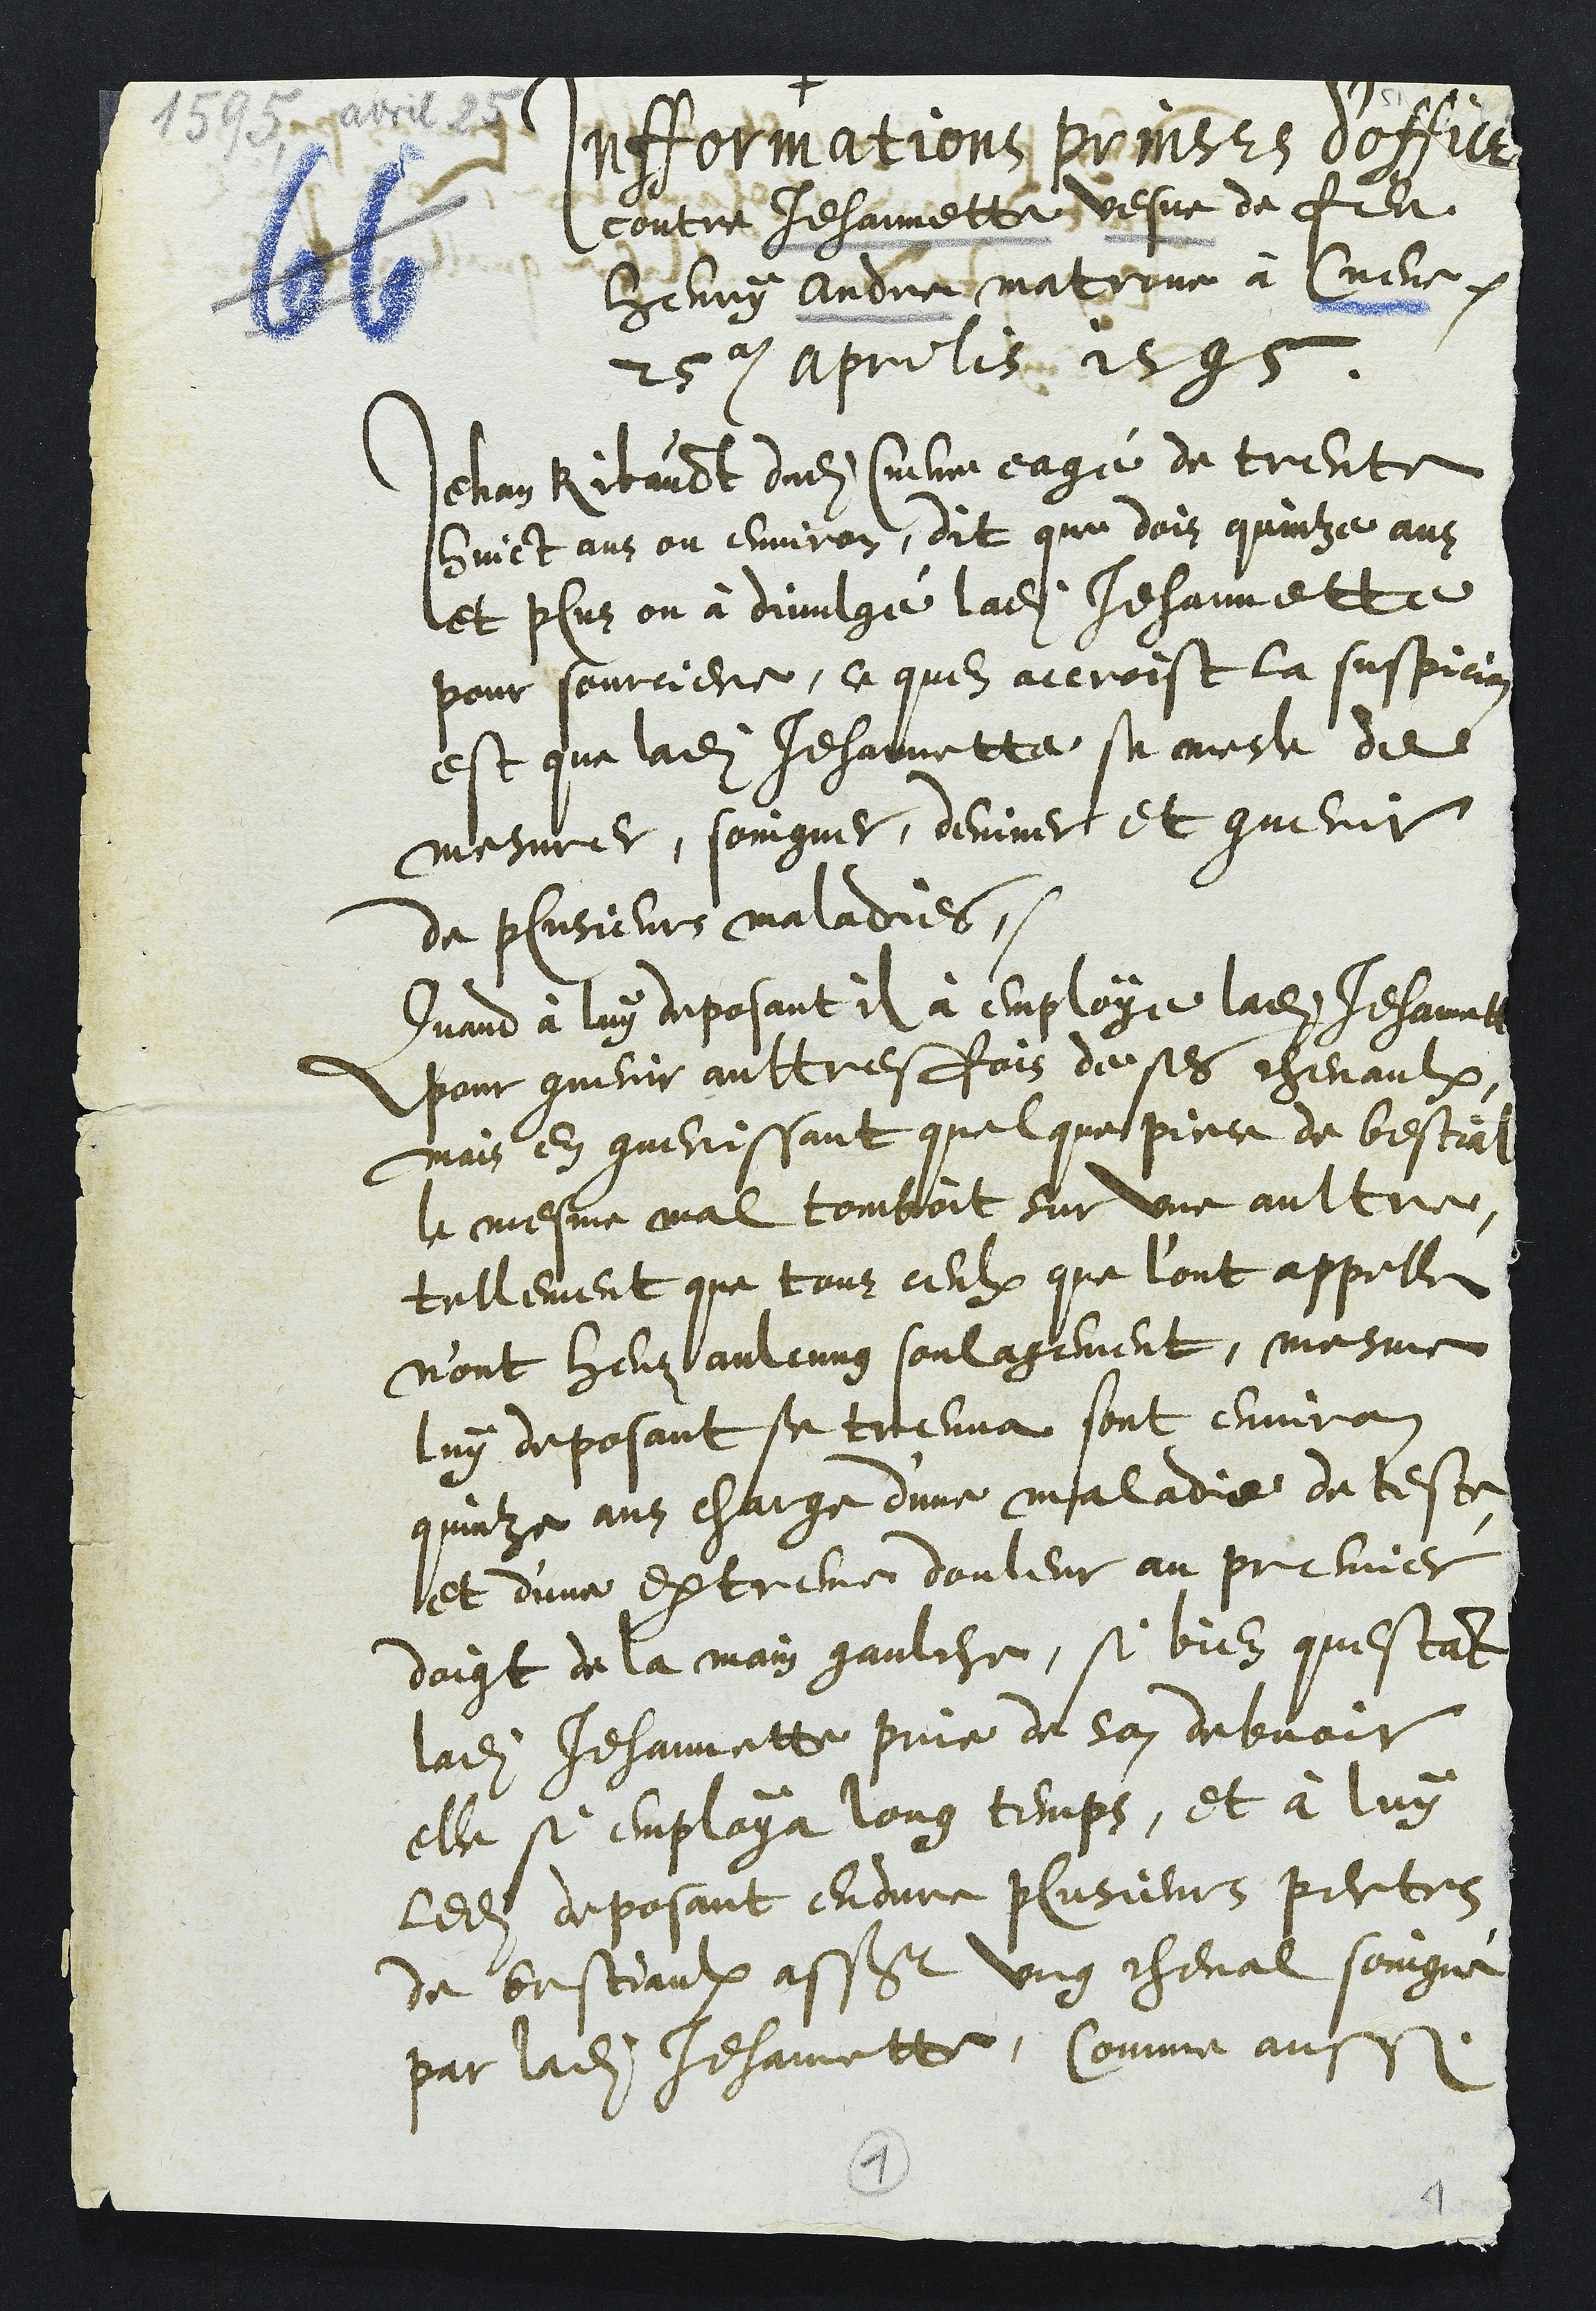
4
Infformations prinses d'office
contre Jehannette vesve de feu
Henry Andre matrone à Cueve
25e aprilis 1595
Jehan Ribauldt dudit Cueuve eagé de trente
huict ans ou environ, dit que dois quinze ans
et plus on à divulgé ladite Jehannette
pour sourciere, ce quen accroist la suspicion
est que ladite Jehannette se mesle de
mesurer, soingner, deviner et guerir
de plusieurs maladies.
Quand à luy deposant il à employe ladite Jehannette
pour guerir aultresfois de ses chevaulx
mais en guerissant quelque piece de bestial
le mesme mal tomboit sur une aultre
tellement que tous ceulx que l'ont appelle
n'ont heuz aulcung soulagement, mesme
luy deposant se treuva sont environ
quinze ans charge d'une maladie de teste
et d'une extreme douleur au premier
doigt de la main gaulche, si bien questant
ladite Jehannette prie de son debvoir
elle si employa long temps, et à luy
ledit deposant endure plusieurs pertes
de bestiaulx assavoir ung cheval soingné
par ladite Jehannette, Comme aussi

1
1